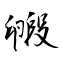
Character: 毈